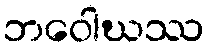
ဘဝေါဃဿ